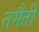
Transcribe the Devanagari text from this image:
तमैती